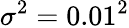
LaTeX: \sigma^{2}=0.01^{2}